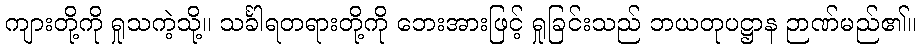
ကျားတို့ကို ရှုသကဲ့သို့။ သင်္ခါရတရားတို့ကို ဘေးအားဖြင့် ရှုခြင်းသည် ဘယတုပဋ္ဌာန ဉာဏ်မည်၏။